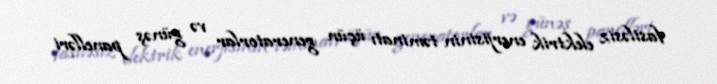
fasiləsiz elektrik enerjisinin təminatı üçün generatorlar və günəş panelləri